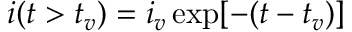
\begin{array} { r } { i ( t > t _ { v } ) = i _ { v } \exp [ - ( t - t _ { v } ) ] } \end{array}